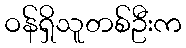
ဝန်ရှိသူတစ်ဦးက